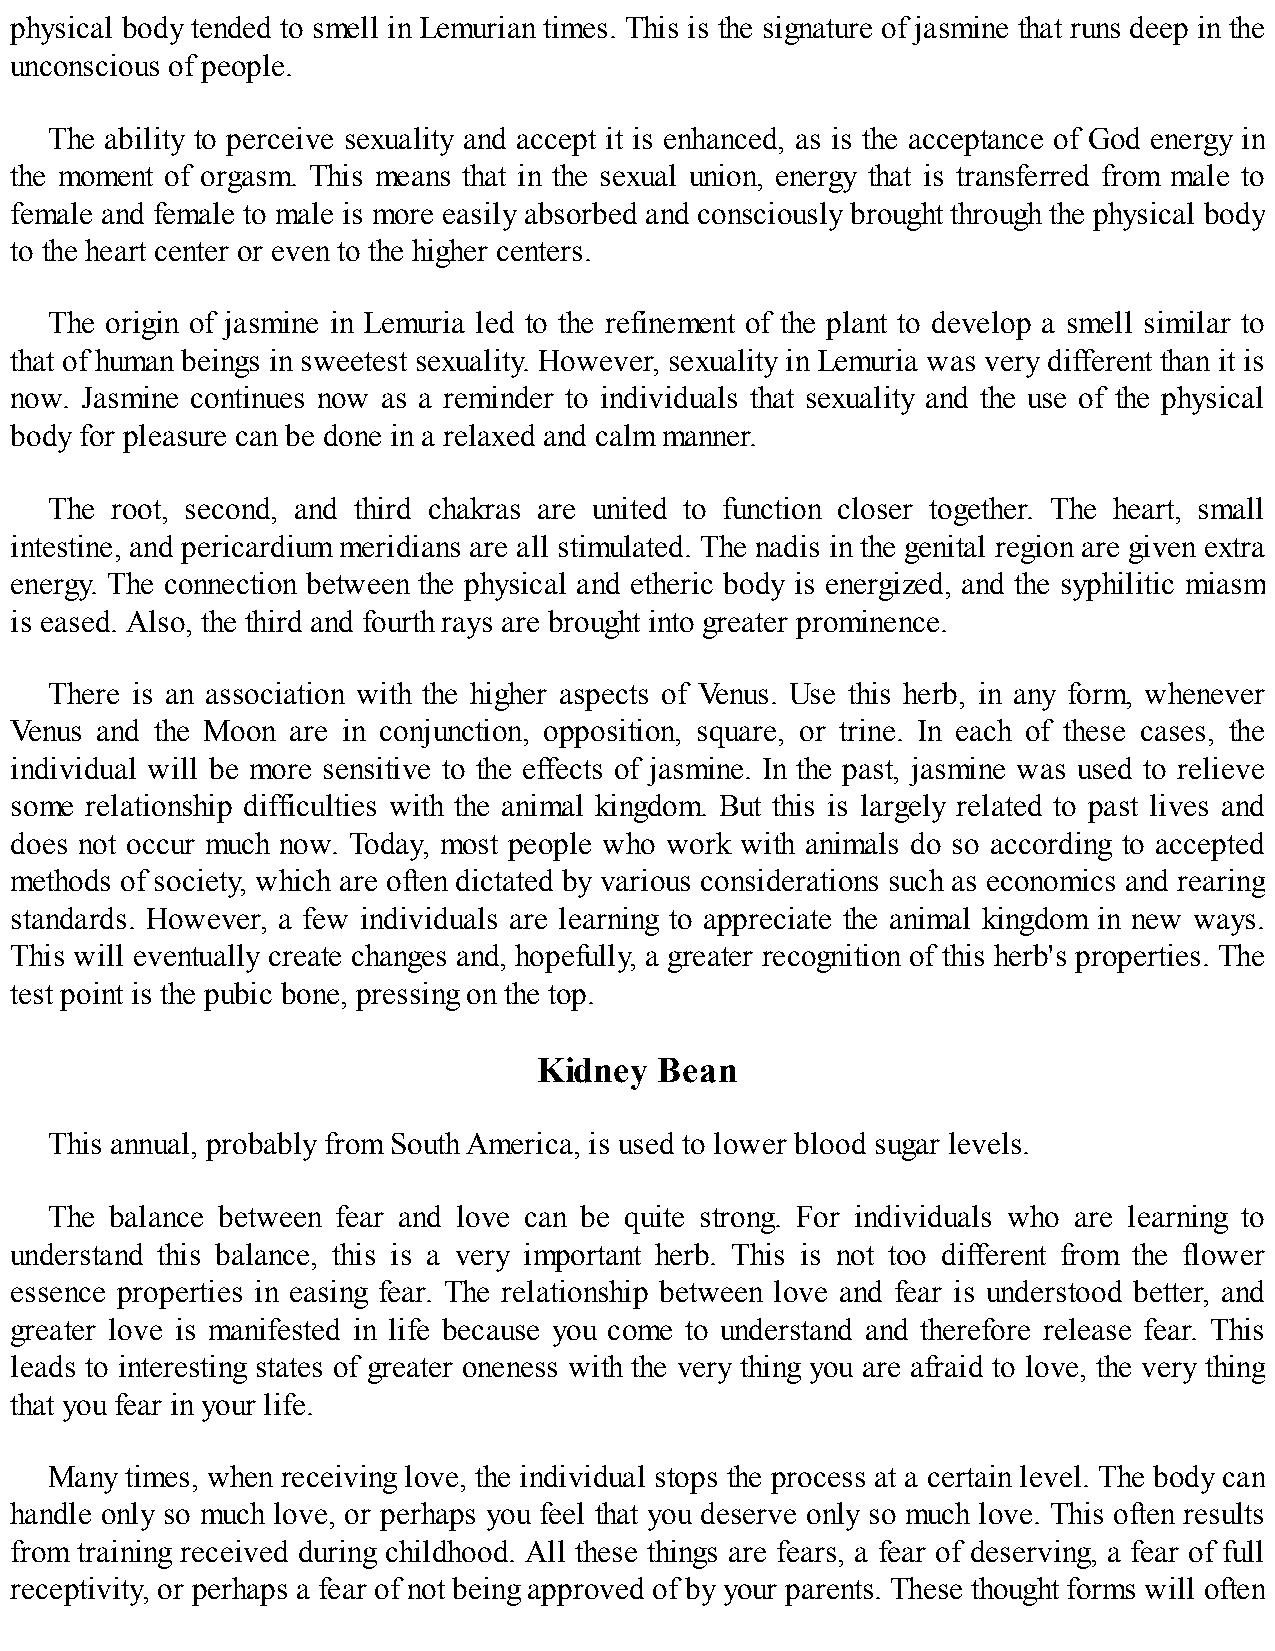
physical body tended to smell in Lemurian times. This is the signature of jasmine that runs deep in the
 unconscious of people.
 The ability to perceive sexuality and accept it is enhanced, as is the acceptance of God energy in
 the moment of orgasm. This means that in the sexual union, energy that is transferred from male to
 female and female to male is more easily absorbed and consciously brought through the physical body
 to the heart center or even to the higher centers.
 The origin of jasmine in Lemuria led to the refinement of the plant to develop a smell similar to
 that of human beings in sweetest sexuality. However, sexuality in Lemuria was very different than it is
 now. Jasmine continues now as a reminder to individuals that sexuality and the use of the physical
 body for pleasure can be done in a relaxed and calm manner.
 The root, second, and third chakras are united to function closer together. The heart, small
 intestine, and pericardium meridians are all stimulated. The nadis in the genital region are given extra
 energy. The connection between the physical and etheric body is energized, and the syphilitic miasm
 is eased. Also, the third and fourth rays are brought into greater prominence.
 There is an association with the higher aspects of Venus. Use this herb, in any form, whenever
 Venus and the Moon are in conjunction, opposition, square, or trine. In each of these cases, the
 individual will be more sensitive to the effects of jasmine. In the past, jasmine was used to relieve
 some relationship difficulties with the animal kingdom. But this is largely related to past lives and
 does not occur much now. Today, most people who work with animals do so according to accepted
 methods of society, which are often dictated by various considerations such as economics and rearing
 standards. However, a few individuals are learning to appreciate the animal kingdom in new ways.
 This will eventually create changes and, hopefully, a greater recognition of this herb's properties. The
 test point is the pubic bone, pressing on the top.
 Kidney Bean
 This annual, probably from South America, is used to lower blood sugar levels.
 The balance between fear and love can be quite strong. For individuals who are learning to
 understand this balance, this is a very important herb. This is not too different from the flower
 essence properties in easing fear. The relationship between love and fear is understood better, and
 greater love is manifested in life because you come to understand and therefore release fear. This
 leads to interesting states of greater oneness with the very thing you are afraid to love, the very thing
 that you fear in your life.
 Many times, when receiving love, the individual stops the process at a certain level. The body can
 handle only so much love, or perhaps you feel that you deserve only so much love. This often results
 from training received during childhood. All these things are fears, a fear of deserving, a fear of full
 receptivity, or perhaps a fear of not being approved of by your parents. These thought forms will often